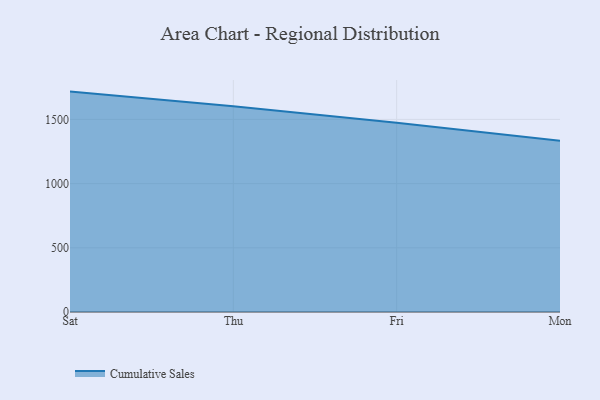
{"axis": {"x": "Day", "y": "Customer Acquisition Cost (USD)"}, "legend": ["Cumulative Sales"], "data": [{"x": "Sat", "y": 1716.6, "type": "Cumulative Sales"}, {"x": "Thu", "y": 1602.1, "type": "Cumulative Sales"}, {"x": "Fri", "y": 1474.0, "type": "Cumulative Sales"}, {"x": "Mon", "y": 1333.3, "type": "Cumulative Sales"}]}